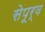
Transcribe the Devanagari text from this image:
सेपूर्व